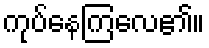
ကုပ်နေကြလေ၏။